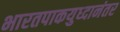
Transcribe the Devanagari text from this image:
भारतपाकयुध्दानंतर